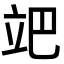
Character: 𥩙